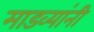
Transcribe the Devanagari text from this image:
माडव्यांनी